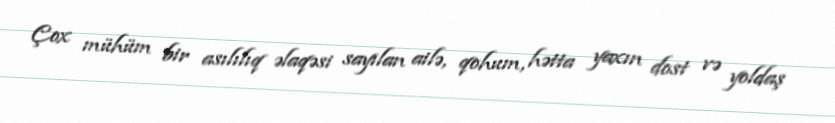
Çox mühüm bir asılılıq əlaqəsi sayılan ailə, qohum, hətta yaxın dost və yoldaş